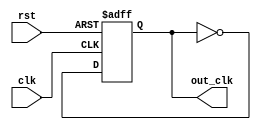
module clock_divider (clk, rst, out_clk);
output reg out_clk;
input clk;
input rst;

always @(posedge clk or posedge rst)
begin
if (rst == 1'b1)
     out_clk <= 1'b0;
else
     out_clk <= ~out_clk;

end
endmodule